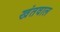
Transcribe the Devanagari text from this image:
खंतवाल